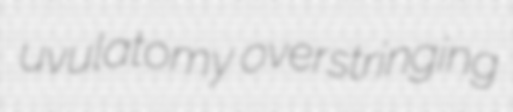
uvulatomy overstringing